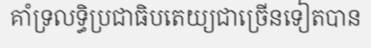
គាំទ្រលទ្ធិប្រជាធិបតេយ្យជាច្រើនទៀតបាន